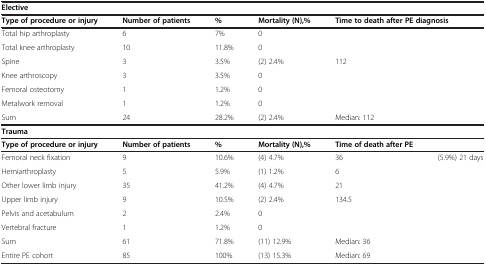
<table><thead><tr><td><b>Elective</b></td><td colspan="5"><b> </b></td></tr></thead><tbody><tr><td><b>Type of procedure or injury</b></td><td><b>Number of patients</b></td><td><b>%</b></td><td><b>Mortality (N),%</b></td><td colspan="2"><b>Time to death after PE diagnosis</b></td></tr><tr><td>Total hip arthroplasty</td><td>6</td><td>7%</td><td>0</td><td colspan="2"> </td></tr><tr><td>Total knee arthroplasty</td><td>10</td><td>11.8%</td><td>0</td><td colspan="2"> </td></tr><tr><td>Spine</td><td>3</td><td>3.5%</td><td>(2) 2.4%</td><td colspan="2">112</td></tr><tr><td>Knee arthroscopy</td><td>3</td><td>3.5%</td><td>0</td><td colspan="2"> </td></tr><tr><td>Femoral osteotomy</td><td>1</td><td>1.2%</td><td>0</td><td colspan="2"> </td></tr><tr><td>Metalwork removal</td><td>1</td><td>1.2%</td><td>0</td><td colspan="2"> </td></tr><tr><td>Sum</td><td>24</td><td>28.2%</td><td>(2) 2.4%</td><td colspan="2">Median: 112</td></tr><tr><td><b>Trauma</b></td><td colspan="5"> </td></tr><tr><td><b>Type of procedure or injury</b></td><td><b>Number of patients</b></td><td><b>%</b></td><td><b>Mortality (N),%</b></td><td><b>Time of death after PE</b></td><td> </td></tr><tr><td>Femoral neck fixation</td><td>9</td><td>10.6%</td><td>(4) 4.7%</td><td>36</td><td rowspan="2">(5.9%) 21 days</td></tr><tr><td>Hemiarthroplasty</td><td>5</td><td>5.9%</td><td>(1) 1.2%</td><td>6</td></tr><tr><td>Other lower limb injury</td><td>35</td><td>41.2%</td><td>(4) 4.7%</td><td>21</td><td rowspan="5"> </td></tr><tr><td>Upper limb injury</td><td>9</td><td>10.5%</td><td>(2) 2.4%</td><td>134.5</td></tr><tr><td>Pelvis and acetabulum</td><td>2</td><td>2.4%</td><td>0</td><td> </td></tr><tr><td>Vertebral fracture</td><td>1</td><td>1.2%</td><td>0</td><td> </td></tr><tr><td>Sum</td><td>61</td><td>71.8%</td><td>(11) 12.9%</td><td>Median: 36</td></tr><tr><td>Entire PE cohort</td><td>85</td><td>100%</td><td>(13) 15.3%</td><td>Median: 69</td><td> </td></tr></tbody></table>